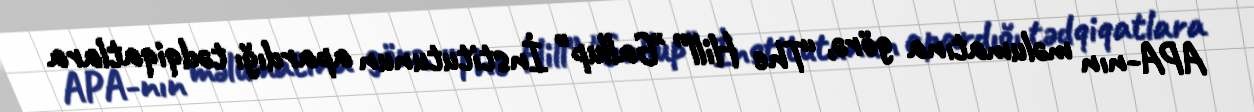
APA-nın məlumatına görə, “The Hill” "Gallup" İnstitutunun apardığı tədqiqatlara